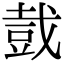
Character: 𧯥